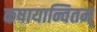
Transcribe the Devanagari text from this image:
कषायान्वितम्